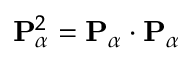
{ \mathbf { P } } _ { \alpha } ^ { 2 } = { \mathbf { P } } _ { \alpha } \cdot { \mathbf { P } } _ { \alpha }